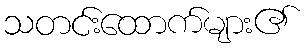
သတင်းထောက်များ၏